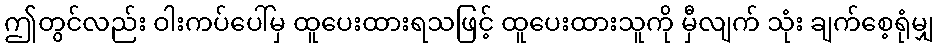
ဤတွင်လည်း ဝါးကပ်ပေါ်မှ ထူပေးထားရသဖြင့် ထူပေးထားသူကို မှီလျက် သုံး ချက်စေ့ရုံမျှ